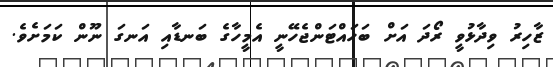
ޒާހިރު ވިދާޅުވީ ރޯދަ އަށް ބަހައްޓަންޖެހޭނީ އެމީހާގެ ބަނޑާއި އަނގަ ނޫން ކަމަށެވެ.